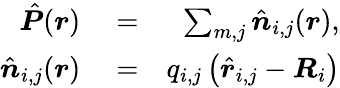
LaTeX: \begin{array}{rlr}{\hat{\boldsymbol P}(\boldsymbol r)}&{{}=}&{\sum_{m,j}\hat{\boldsymbol n}_{i,j}(\boldsymbol r),}\\ {\hat{\boldsymbol n}_{i,j}(\boldsymbol r)}&{{}=}&{q_{i,j}\left(\hat{\boldsymbol r}_{i,j}-\boldsymbol R_{i}\right)}\end{array}